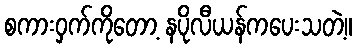
စကားဝှက်ကိုတော့ နပိုလီယန်ကပေးသတဲ့။